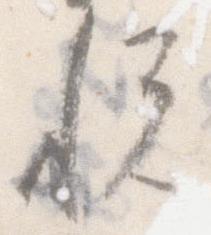
悦